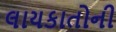
લાયકાતોની